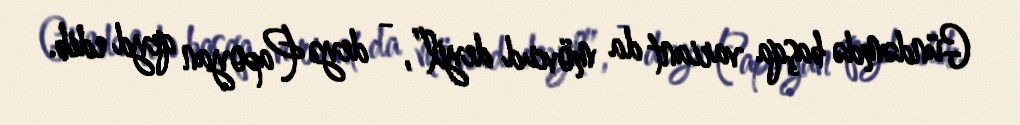
Gündəmdə başqa variant da mövcud deyil”, - deyə Papoyan qeyd edib.